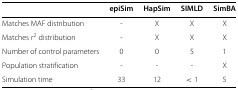
<table><thead><tr><td></td><td><b>epiSim</b></td><td><b>HapSim</b></td><td><b>SIMLD</b></td><td><b>SimBA</b></td></tr></thead><tbody><tr><td>Matches MAF distribution</td><td>-</td><td>X</td><td>X</td><td>X</td></tr><tr><td>Matches <i>r</i><sup>2</sup> distribution</td><td>-</td><td>X</td><td>X</td><td>X</td></tr><tr><td>Number of control parameters</td><td>0</td><td>0</td><td>5</td><td>1</td></tr><tr><td>Population stratification</td><td>-</td><td>-</td><td>-</td><td>X</td></tr><tr><td>Simulation time</td><td>33</td><td>12</td><td>&lt;1</td><td>5</td></tr></tbody></table>